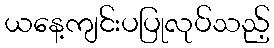
ယနေ့ကျင်းပပြုလုပ်သည့်